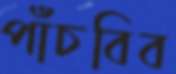
পাঁচবিব